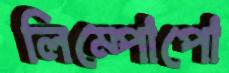
লিম্পোপো